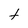
Character: t